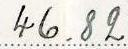
46.82